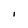
Character: I